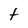
Character: t